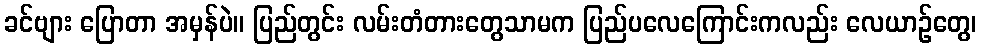
ခင်ဗျား ပြောတာ အမှန်ပဲ။ ပြည်တွင်း လမ်းတံတားတွေသာမက ပြည်ပလေကြောင်းကလည်း လေယာဉ်တွေ၊